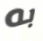
به